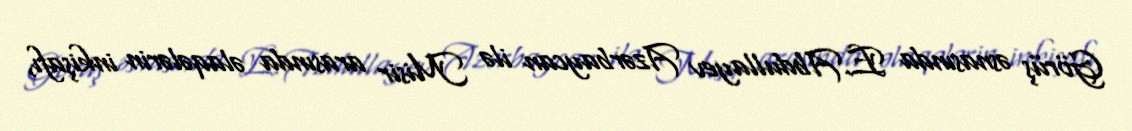
Görüş əsnasında E.Abdullayev Azərbaycan ilə Misir arasında əlaqələrin inkişafı,